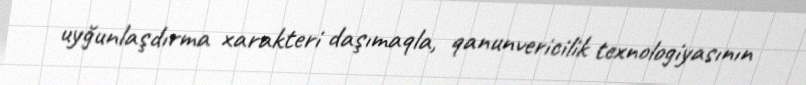
uyğunlaşdırma xarakteri daşımaqla, qanunvericilik texnologiyasının